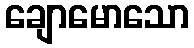
ချောမောသော